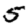
Digit: 5